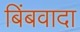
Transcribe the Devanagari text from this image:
बिंबवादा